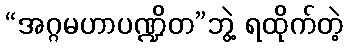
“အဂ္ဂမဟာပဏ္ဍိတ”ဘွဲ့ ရထိုက်တဲ့